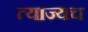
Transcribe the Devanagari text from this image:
त्याज्यच